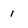
Character: 1